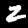
Digit: 2